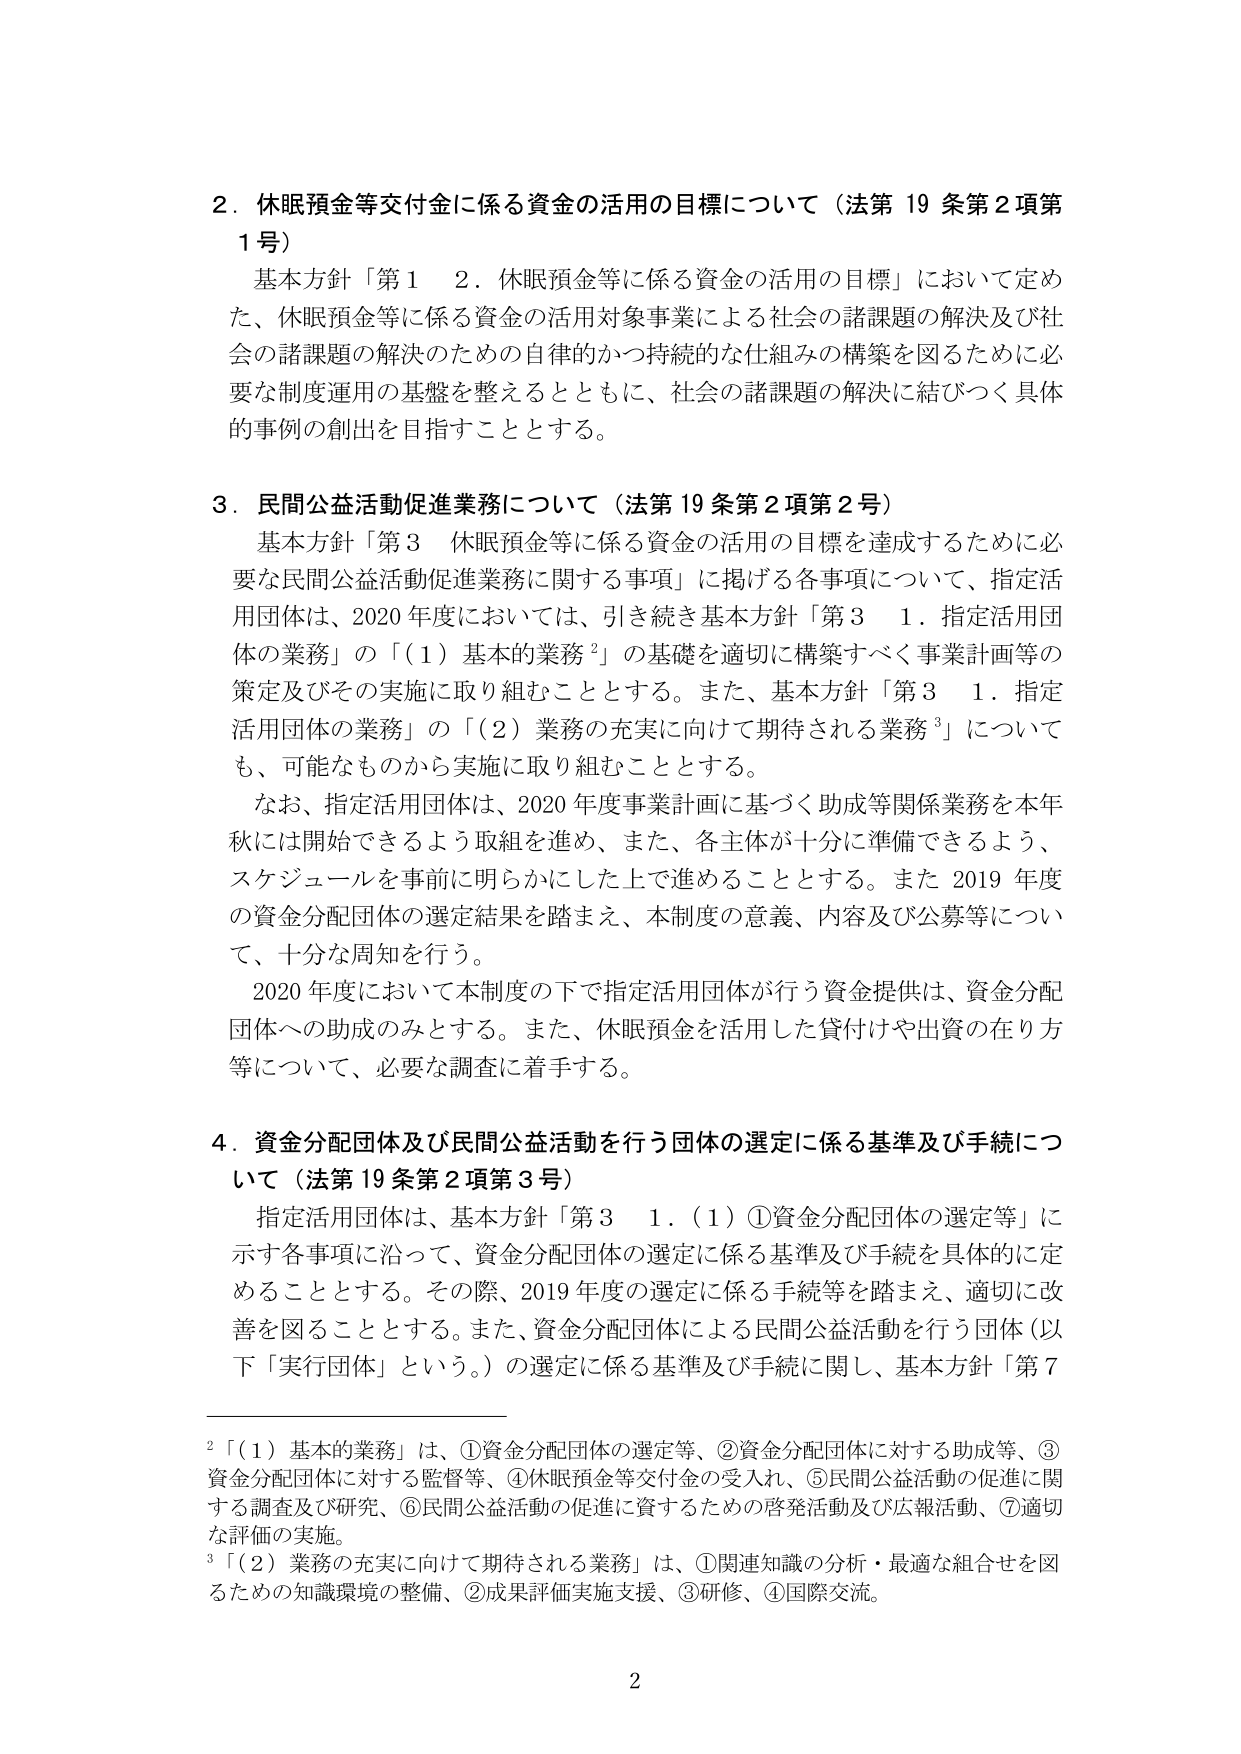
2．休眠預金等交付金に係る資金の活用の目標について（法第19条第2項第1号）
基本方針「第1　2．休眠預金等に係る資金の活用の目標」において定めた、休眠預金等に係る資金の活用対象事業による社会の諸課題の解決及び社会の諸課題の解決のための自律的かつ持続的な仕組みの構築を図るために必要な制度運用の基盤を整えるとともに、社会の諸課題の解決に結びつく具体的事例の創出を目指すこととする。

3．民間公益活動促進業務について（法第19条第2項第2号）
基本方針「第3　休眠預金等に係る資金の活用の目標を達成するために必要な民間公益活動促進業務に関する事項」に掲げる各事項について、指定活用団体は、2020年度においては、引き続き基本方針「第3　1．指定活用団体の業務」の「（1）基本的業務²」の基礎を適切に構築すべく事業計画等の策定及びその実施に取り組むこととする。また、基本方針「第3　1．指定活用団体の業務」の「（2）業務の充実に向けて期待される業務³」についても、可能なものから実施に取り組むこととする。
なお、指定活用団体は、2020年度事業計画に基づく助成等関係業務を本年秋には開始できるよう取組を進め、また、各主体が十分に準備できるよう、スケジュールを事前に明らかにした上で進めることとする。また2019年度の資金分配団体の選定結果を踏まえ、本制度の意義、内容及び公募等について、十分な周知を行う。
2020年度において本制度の下で指定活用団体が行う資金提供は、資金分配団体への助成のみとする。また、休眠預金を活用した貸付けや出資の在り方等について、必要な調査に着手する。

4．資金分配団体及び民間公益活動を行う団体の選定に係る基準及び手続について（法第19条第2項第3号）
指定活用団体は、基本方針「第3　1．（1）①資金分配団体の選定等」に示す各事項に沿って、資金分配団体の選定に係る基準及び手続を具体的に定めることとする。その際、2019年度の選定に係る手続等を踏まえ、適切に改善を図ることとする。また、資金分配団体による民間公益活動を行う団体（以下「実行団体」という。）の選定に係る基準及び手続に関し、基本方針「第7

²「（1）基本的業務」は、①資金分配団体の選定等、②資金分配団体に対する助成等、③資金分配団体に対する監督等、④休眠預金等交付金の受入れ、⑤民間公益活動の促進に関する調査及び研究、⑥民間公益活動の促進に資するための啓発活動及び広報活動、⑦適切な評価の実施。
³「（2）業務の充実に向けて期待される業務」は、①関連知識の分析・最適な組合せを図るための知識環境の整備、②成果評価実施支援、③研修、④国際交流。

2